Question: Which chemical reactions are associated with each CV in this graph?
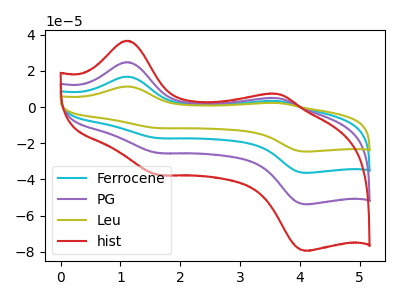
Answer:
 <answer>The cyan curve is labeled "Ferrocene". The purple curve is labeled "PG". The olive curve is labeled "Leu". The red curve is labeled "hist".</answer>
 <eval></eval>